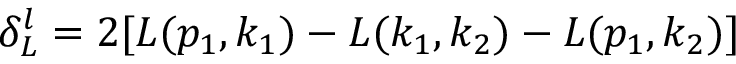
\delta _ { L } ^ { l } = 2 [ L ( p _ { 1 } , k _ { 1 } ) - L ( k _ { 1 } , k _ { 2 } ) - L ( p _ { 1 } , k _ { 2 } ) ]